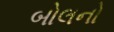
બોલનો